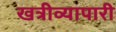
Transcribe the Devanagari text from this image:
खत्रीव्यापारी